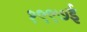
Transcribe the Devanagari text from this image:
१९९७ई